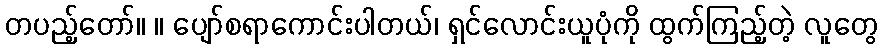
တပည့်တော်။ ။ ပျော်စရာကောင်းပါတယ်၊ ရှင်လောင်းယူပုံကို ထွက်ကြည့်တဲ့ လူတွေ